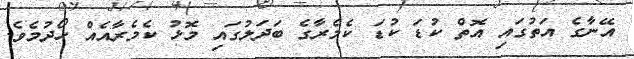
އޭނާގެ އަތުގައި އޮތް ކުޑަ ކުޑަ ކެމެރާގެ ބަދަލުގައި މޮޅު ކެމެރާއެއް ހޯދުމެވެ.